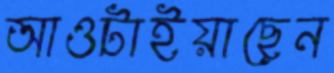
আওটাইয়াছেন